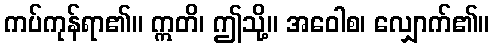
ကပ်ကုန်ရာ၏။ ဣတိ၊ ဤသို့။ အဝေါစ၊ လျှောက်၏။